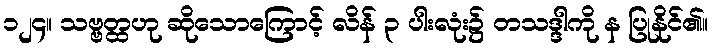
၁၂၄။ သဗ္ဗတ္ထဟု ဆိုသောကြောင့် လိန် ၃ ပါးလုံး၌ တသဒ္ဒါကို န ပြုနိုင်၏။